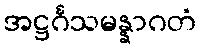
အဋ္ဌင်္ဂသမန္နာဂတံ